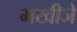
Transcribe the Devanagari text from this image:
मखीजे